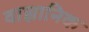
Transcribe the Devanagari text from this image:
वाज्ञानिक